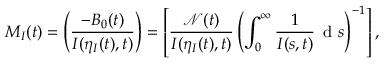
M _ { I } ( t ) = \left( \frac { - B _ { 0 } ( t ) } { I ( \eta _ { I } ( t ) , t ) } \right) = \left[ \frac { \mathcal { N } ( t ) } { I ( \eta _ { I } ( t ) , t ) } \left( \int _ { 0 } ^ { \infty } \frac { 1 } { I ( s , t ) } \, \mathrm { ~ d ~ } s \right) ^ { - 1 } \right] ,